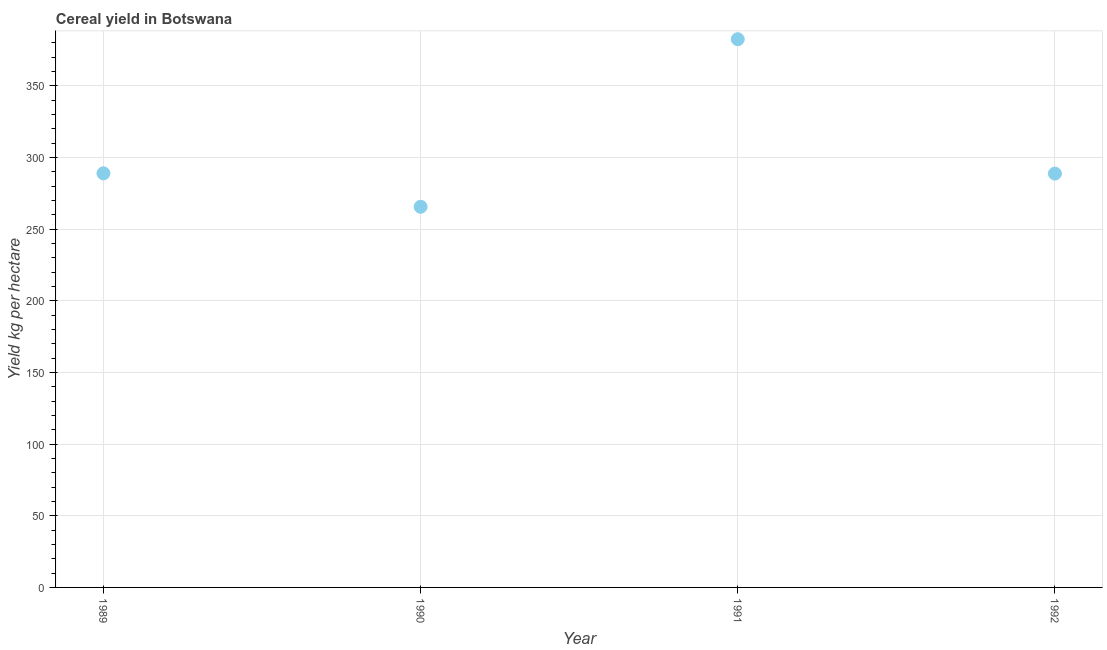
| Year | Cereal yield |
 | --- | --- |
 | 1989 | 289 |
 | 1990 | 266 |
 | 1991 | 382 |
 | 1992 | 289 |